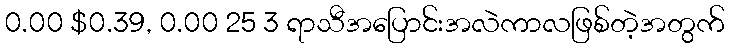
0.00 $0.39, 0.00 25 3 ရာသီအပြောင်းအလဲကာလဖြစ်တဲ့အတွက်